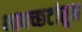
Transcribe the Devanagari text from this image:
भावच्छटांतून